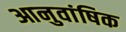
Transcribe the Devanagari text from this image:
आनुवांषिक